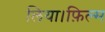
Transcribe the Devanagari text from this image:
लिया।फ़िल्म